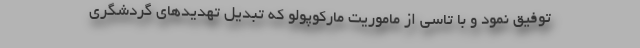
توفیق نمود و با تاسی از ماموریت مارکوپولو که تبدیل تهدیدهای گردشگری